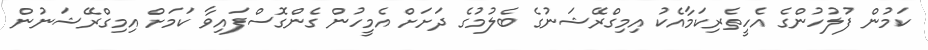
ކަމުން ފުލުހުންގެ އެހީތެރިކަމާއެކު އިމިގްރޭޝަނުގެ ބެލުމުގެ ދަށަށް އެމީހުން ގެންގޮސްފައިވާ ކަމަށް އިމިގްރޭޝަނުން